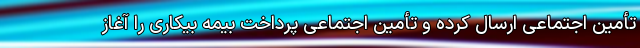
تأمین اجتماعی ارسال کرده و تأمین اجتماعی پرداخت بیمه بیکاری را آغاز